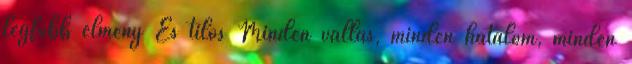
legfőbb élmény És tilos Minden vallás, minden hatalom, minden